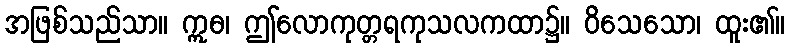
အဖြစ်သည်သာ။ ဣဓ၊ ဤလောကုတ္တရကုသလကထာ၌။ ဝိသေသော၊ ထူး၏။